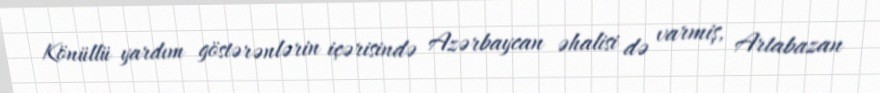
Könüllü yardım göstərənlərin içərisində Azərbaycan əhalisi də varmiş, Artabazan